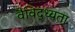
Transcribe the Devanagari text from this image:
वैविद्ध्यता